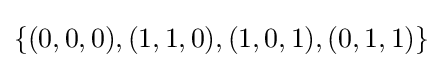
\{(0,0,0),(1,1,0),(1,0,1),(0,1,1)\}